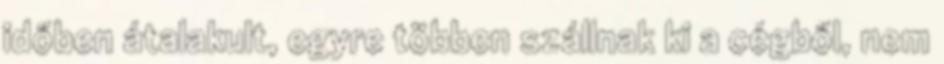
időben átalakult, egyre többen szállnak ki a cégből, nem